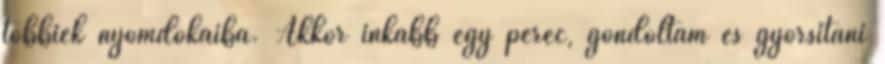
többiek nyomdokaiba. Akkor inkább egy perec, gondoltam és gyorsítani